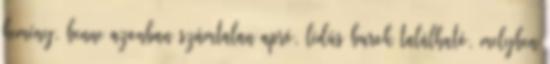
kemény, benne azonban számtalan apró, lédús burok található, melyben